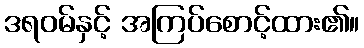
ဒရဝမ်နှင့် အကြပ်စောင့်ထား၏။